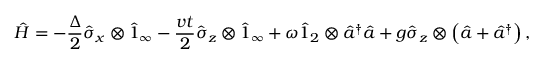
\hat { H } = - \frac { \Delta } { 2 } \hat { \sigma } _ { x } \otimes \hat { 1 } _ { \infty } - \frac { v t } { 2 } \hat { \sigma } _ { z } \otimes \hat { 1 } _ { \infty } + \omega \hat { 1 } _ { 2 } \otimes \hat { a } ^ { \dagger } \hat { a } + g \hat { \sigma } _ { z } \otimes \left( \hat { a } + \hat { a } ^ { \dagger } \right) ,